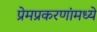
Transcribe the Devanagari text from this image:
प्रेमप्रकरणांमध्ये